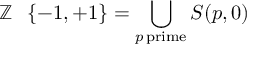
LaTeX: \mathbb { Z } \setminus \{ - 1 , + 1 \} = \bigcup _ { p \mathrm { \, p r i m e } } S ( p , 0 )